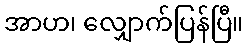
အာဟ၊ လျှောက်ပြန်ပြီ။